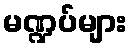
မဏ္ဍပ်များ